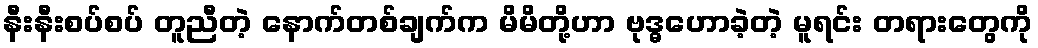
နီးနီးစပ်စပ် တူညီတဲ့ နောက်တစ်ချက်က မိမိတို့ဟာ ဗုဒ္ဓဟောခဲ့တဲ့ မူရင်း တရားတွေကို